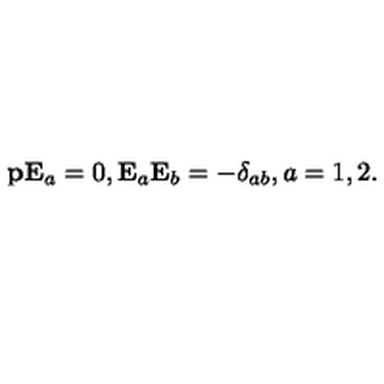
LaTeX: { \bf p } { \bf E } _ { a } = 0 , { \bf E } _ { a } { \bf E } _ { b } = - \delta _ { a b } , a = 1 , 2 .